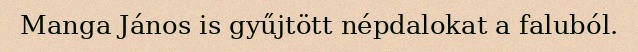
Manga János is gyűjtött népdalokat a faluból.